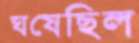
ঘষেছিল